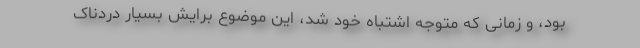
بود، و زمانی که متوجه اشتباه خود شد، این موضوع برایش بسیار دردناک